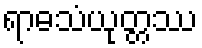
ရာဓသံယုတ္တဿ